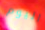
اليوم